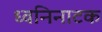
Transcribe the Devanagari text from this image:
ध्वनिनाटक